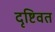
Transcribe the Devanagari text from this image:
दृष्टिवत